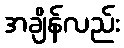
အချိန်လည်း